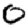
Digit: 0